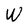
Character: W